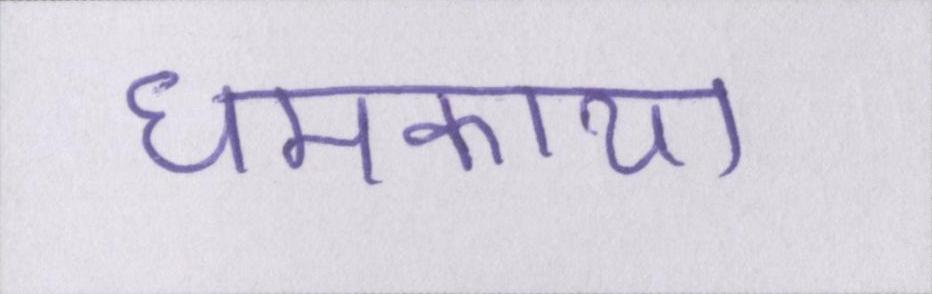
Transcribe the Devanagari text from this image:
धमकाया